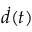
{ \dot { d } } ( t )